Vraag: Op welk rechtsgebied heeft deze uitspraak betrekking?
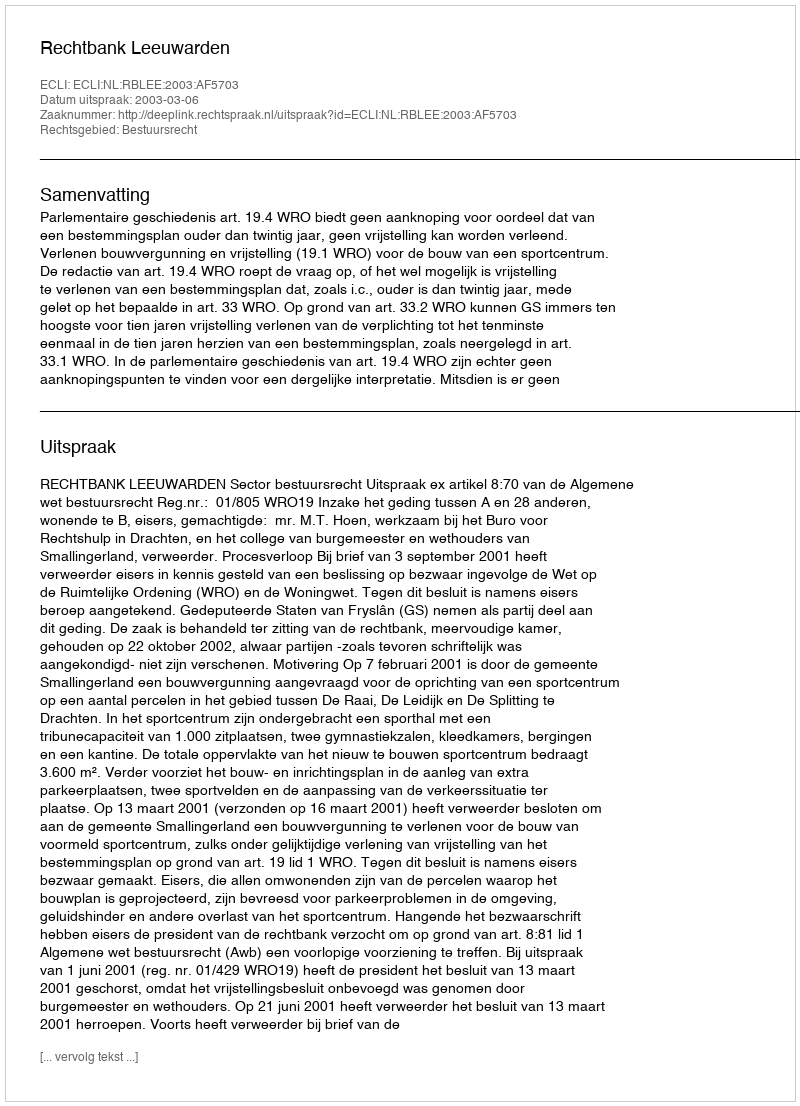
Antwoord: Bestuursrecht